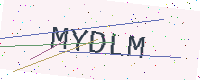
Text: MYDLM